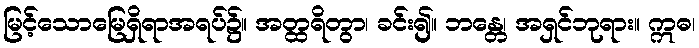
မြင့်သောမြေရှိရာအရပ်၌။ အတ္ထရိတွာ၊ ခင်း၍။ ဘန္တေ၊ အရှင်ဘုရား။ ဣဓ၊